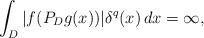
LaTeX: \begin{align*}\int_D |f(P_Dg(x))|\delta^q(x)\,dx=\infty,\end{align*}